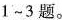
1~3题。